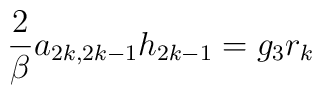
\frac{2}{\beta } a_{2k,2k-1} h_{2k-1} = g_3 r_k